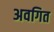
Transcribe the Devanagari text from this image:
अवगित